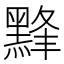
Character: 𱋸